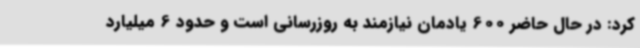
کرد: در حال حاضر 600 یادمان نیازمند به روزرسانی است و حدود 6 میلیارد